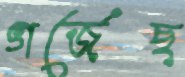
গর্‌জেছ